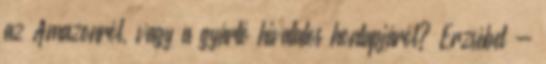
az Amazonról, vagy a gyártó hivatalos honlapjáról? Erzsébet -